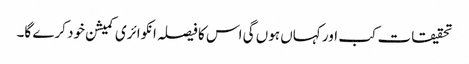
تحقیقات کب اور کہاں ہوں گی اس کا فیصلہ انکوائری کمیشن خود کرے گا۔